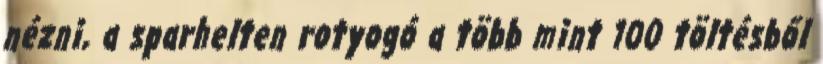
nézni, a sparhelten rotyogó a több mint 100 töltésből